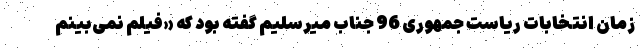
زمان انتخابات ریاست جمهوری 96 جناب میرسلیم گفته بود که «فیلم نمی‌بینم